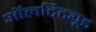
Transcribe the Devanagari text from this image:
ऑलटिट्यूड